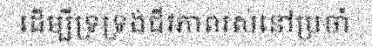
ដើម្បីទ្រទ្រង់ជីវភាពរស់នៅប្រចាំ